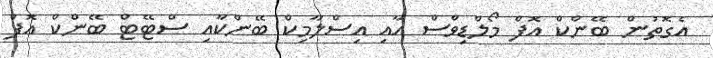
އެގޮތުން ބޭންކް އޮފް މޯލްޑިވްސް އާއި އިސްލާމިކް ބޭންކާއި ސްޓޭޓް ބޭންކް އޮފް